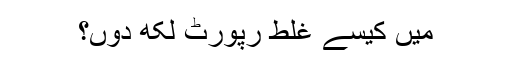
میں کیسے غلط رپورٹ لکھ دوں؟